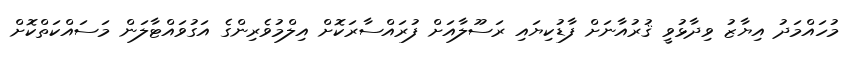
މުހައްމަދު އިޔާޒު ވިދާޅުވީ ޤުރުއާނަށް ފާޑުކިޔައި ރަސޫލާއަށް ފުރައްސާރަކޮށް އިލްމުވެރިންގެ އަގުވައްޓާލަން މަސައްކަތްކޮށް